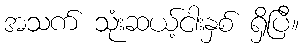
အသက် သုံးဆယ့်ငါးနှစ် ရှိပြီ။